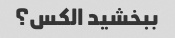
ببخشید الکس؟